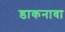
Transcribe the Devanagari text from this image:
डाकनावा